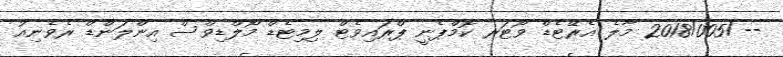
--/2018/005 މާލެ އެރޭޓެޑް ވޯޓަރ ކޮމްޕެނީ ޕްރައިވެޓް ލިމިޓެޑް މޯލްޑިވްސް އިންލަންޑް ރެވެނިއު